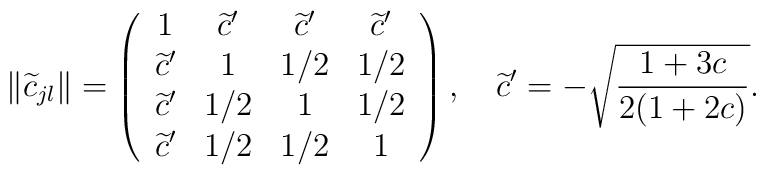
\|\widetilde{c}_{jl}\|  = \left(\begin{array}{cccc}               1 & \widetilde{c}' & \widetilde{c}' & \widetilde{c}' \\               \widetilde{c}' & 1 & 1/2 & 1/2 \\               \widetilde{c}' & 1/2 & 1 & 1/2 \\               \widetilde{c}' & 1/2 & 1/2 & 1               \end{array} \right) ,\quad\widetilde{c}' = - \sqrt{\frac{1+3c}{2(1+2c)}} .